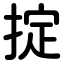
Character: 掟